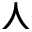
\curlywedge